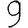
Digit: 9